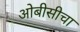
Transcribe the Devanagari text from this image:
ओबीसीचा